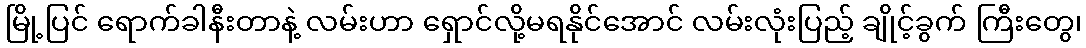
မြို့ပြင် ရောက်ခါနီးတာနဲ့ လမ်းဟာ ရှောင်လို့မရနိုင်အောင် လမ်းလုံးပြည့် ချိုင့်ခွက် ကြီးတွေ၊